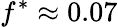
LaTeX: f^{\ast}\approx 0.07